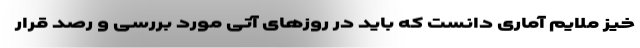
خیز ملایم آماری دانست که باید در روزهای آتی مورد بررسی و رصد قرار